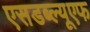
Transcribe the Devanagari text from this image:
एसडब्ल्यूएफ